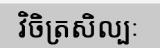
វិចិត្រសិល្បៈ